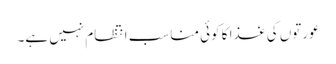
عورتوں کی غذا کا کوئی مناسب انتظام نہیں ہے۔